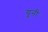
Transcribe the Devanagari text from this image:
यूनी